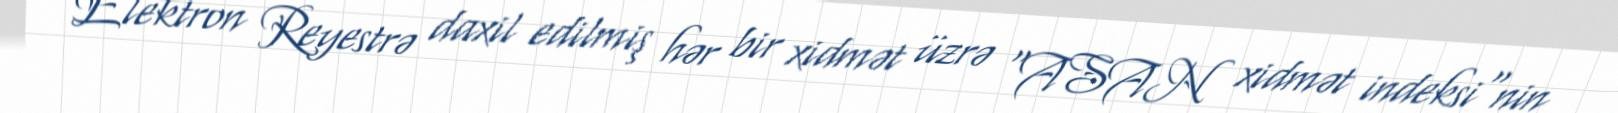
Elektron Reyestrə daxil edilmiş hər bir xidmət üzrə "ASAN xidmət indeksi"nin